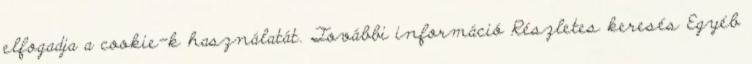
elfogadja a cookie-k használatát. További információ Részletes keresés Egyéb